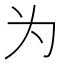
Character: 为